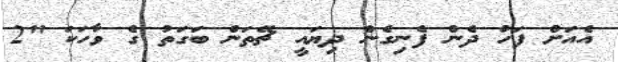
އެއަށް ފަހު ދެން ފެނިގެން ދިޔައީ ޗޭތަން ބަގަތު ގެ ވާހަކަ "2